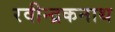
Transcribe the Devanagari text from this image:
रवीन्द्रकनाथ